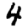
Digit: 4